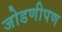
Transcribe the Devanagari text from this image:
जोडणीपण